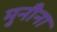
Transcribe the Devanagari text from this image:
मुनीना